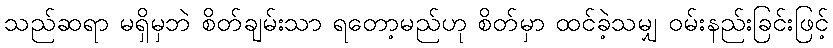
သည်ဆရာ မရှိမှဘဲ စိတ်ချမ်းသာ ရတော့မည်ဟု စိတ်မှာ ထင်ခဲ့သမျှ ဝမ်းနည်းခြင်းဖြင့်